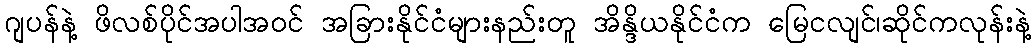
ဂျပန်နဲ့ ဖိလစ်ပိုင်အပါအဝင် အခြားနိုင်ငံများနည်းတူ အိန္ဒိယနိုင်ငံက မြေငလျင်၊ဆိုင်ကလုန်းနဲ့